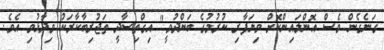
ގަނެގެން ވެސް އޮންލައިންކޮށް ވިޔަފާރި ކުރުމުގެ ބަންދުވީ" އިގްތިސާދީ ތަޖުރިބާކާރަކު ވިދާޅުވި އެވެ.